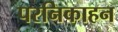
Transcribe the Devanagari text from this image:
परनिकाहन